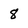
Character: 8